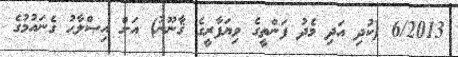
6/2013 (ކުދި އަދި މެދު ފަންތީގެ ވިޔަފާރީގެ ޤާނޫނު) އަށް އިޞްލާޙު ގެނައުމުގެ